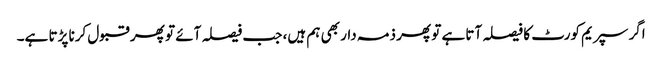
اگر سپریم کورٹ کا فیصلہ آتا ہے تو پھر ذمہ دار بھی ہم ہیں، جب فیصلہ آئے تو پھر قبول کرنا پڑتا ہے۔